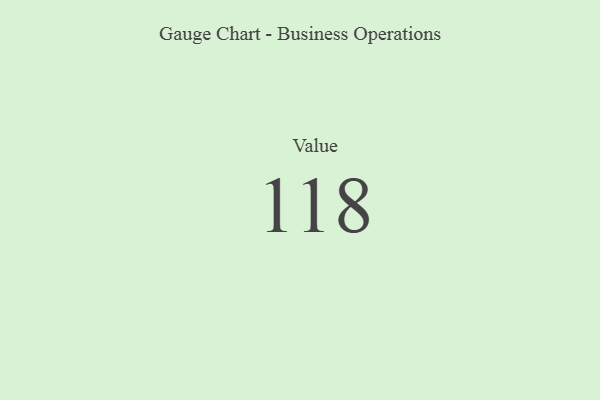
{"axis": {"x": "Metric", "y": "Value"}, "legend": [""], "data": [{"x": "Value", "y": 118, "type": ""}]}